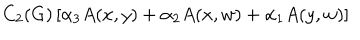
LaTeX: C _ { 2 } ( G ) \left[ \alpha _ { 3 } A ( x , y ) + \alpha _ { 2 } A ( x , w ) + \alpha _ { 1 } A ( y , w ) \right]